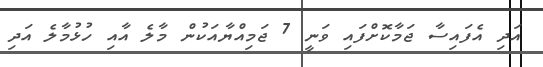
އަދި އެފައިސާ ޖަމާކޮށްފައި ވަނީ 7 ޖަމިއްޔާއަކުން މާލެ އާއި ހުޅުމާލެ އަދި